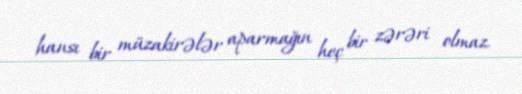
hansı bir müzakirələr aparmağın heç bir zərəri olmaz.